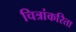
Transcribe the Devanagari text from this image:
चित्रांकरिता